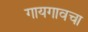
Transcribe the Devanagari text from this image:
गायगावचा